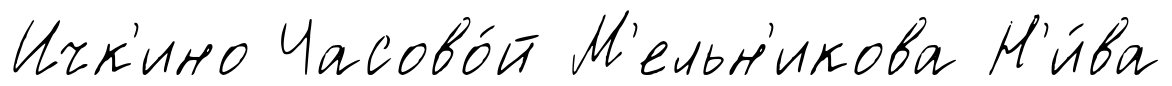
Ичк'ино Часово́й М'ельн'икова Н'и́ва